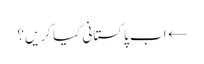
← اب پاکستانی کیا کریں؟